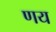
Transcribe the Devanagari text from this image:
णय